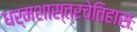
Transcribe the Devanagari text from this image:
धर्मशास्त्रचेतिहासः